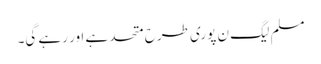
مسلم لیگ ن پوری طرح متحد ہے اور رہے گی۔